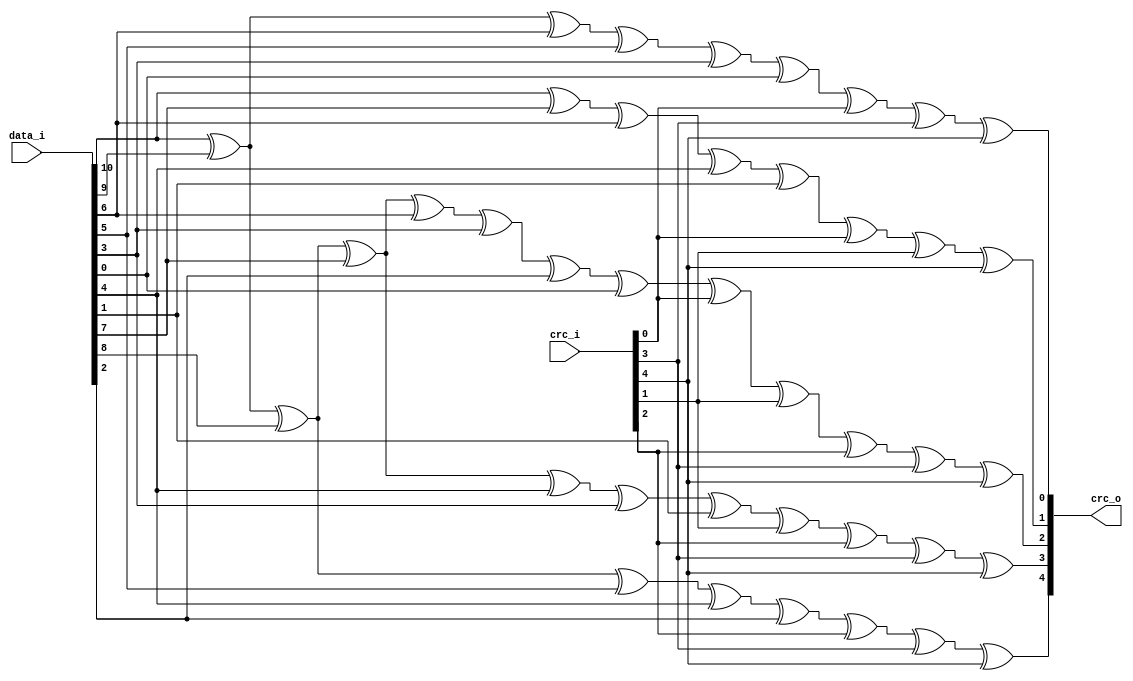
//-----------------------------------------------------------------
//                     USB Full Speed Host
//                           V0.5
//                     Ultra-Embedded.com
//                     Copyright 2015-2019
//
//
//                         License: GPL
// If you would like a version with a more permissive license for
// use in closed source commercial applications please contact me
// for details.
//-----------------------------------------------------------------
//
// This file is open source HDL; you can redistribute it and/or 
// modify it under the terms of the GNU General Public License as 
// published by the Free Software Foundation; either version 2 of 
// the License, or (at your option) any later version.
//
// This file is distributed in the hope that it will be useful,
// but WITHOUT ANY WARRANTY; without even the implied warranty of
// MERCHANTABILITY or FITNESS FOR A PARTICULAR PURPOSE.  See the
// GNU General Public License for more details.
//
// You should have received a copy of the GNU General Public 
// License along with this file; if not, write to the Free Software
// Foundation, Inc., 59 Temple Place, Suite 330, Boston, MA 02111-1307
// USA
//-----------------------------------------------------------------
 
//-----------------------------------------------------------------
//                          Generated File
//-----------------------------------------------------------------
//-----------------------------------------------------------------
// Module: 5-bit CRC used by USB tokens
//-----------------------------------------------------------------
module usbh_crc5
(
    input [4:0]     crc_i,
    input [10:0]    data_i,
    output [4:0]    crc_o
);
 
//-----------------------------------------------------------------
// Implementation
//-----------------------------------------------------------------
assign crc_o[0] =    data_i[10] ^ data_i[9] ^ data_i[6] ^ data_i[5] ^ data_i[3] ^ data_i[0] ^
                       crc_i[0] ^ crc_i[3] ^ crc_i[4];
 
assign crc_o[1] =    data_i[10] ^ data_i[7] ^ data_i[6] ^ data_i[4] ^ data_i[1] ^
                       crc_i[0] ^ crc_i[1] ^ crc_i[4];
 
assign crc_o[2] =    data_i[10] ^ data_i[9] ^ data_i[8] ^ data_i[7] ^ data_i[6] ^ data_i[3] ^ data_i[2] ^ data_i[0] ^
                       crc_i[0] ^ crc_i[1] ^ crc_i[2] ^ crc_i[3] ^ crc_i[4];
 
assign crc_o[3] =    data_i[10] ^ data_i[9] ^ data_i[8] ^ data_i[7] ^ data_i[4] ^ data_i[3] ^ data_i[1] ^ 
                       crc_i[1] ^ crc_i[2] ^ crc_i[3] ^ crc_i[4];
 
assign crc_o[4] =    data_i[10] ^ data_i[9] ^ data_i[8] ^ data_i[5] ^ data_i[4] ^ data_i[2] ^
                       crc_i[2] ^ crc_i[3] ^ crc_i[4];
 
endmodule